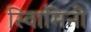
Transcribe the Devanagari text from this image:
स्वािमिनी